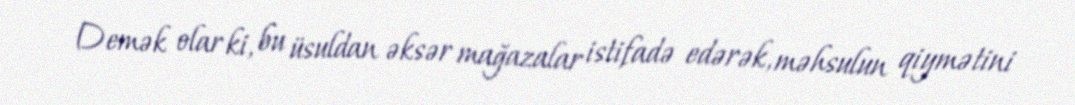
Demək olar ki, bu üsuldan əksər mağazalar istifadə edərək, məhsulun qiymətini